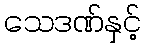
သေဒဏ်နှင့်